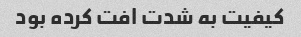
کیفیت به شدت افت کرده بود